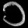
Digit: ၁